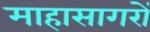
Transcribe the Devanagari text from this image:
माहासागरों